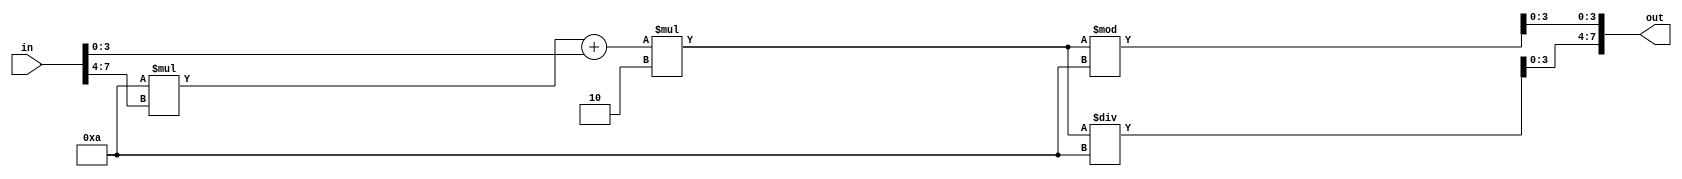
`timescale 1ns / 1ps
//////////////////////////////////////////////////////////////////////////////////
// Company: 
// Engineer: 
// 
// Design Name: 
// Module Name: double
// Project Name: 
// Target Devices: 
// Tool Versions: 
// Description: 
// 
// Dependencies: 
// 
// Revision:
// Revision 0.01 - File Created
// Additional Comments:
// 
//////////////////////////////////////////////////////////////////////////////////


module double(
    in,
    out
    );
input [7:0] in;
output wire [7:0] out;

wire [3:0] in_h, in_l;
wire [3:0] out_h, out_l;
wire [5:0] value, double;

assign in_h = in[7:4];
assign in_l = in[3:0];
assign out = {out_h, out_l};

assign value = 10 * in_h + in_l;
assign double = value * 2;
assign out_h = double/10;
assign out_l = double%10;

endmodule